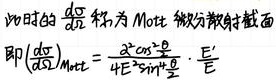
$\nu \theta$ 时的 $\frac{d\sigma}{d\Omega}$ 称为 Mott 微分散射截面
即 $\left(\frac{d\sigma}{d\Omega}\right)_{\mathrm{Mott}}=\frac{\alpha^{2}\cos ^{2}\frac{\theta}{2}}{4E^{2}\sin ^{4}\frac{\theta}{2}}\cdot\frac{E^{\prime}}{E}$